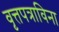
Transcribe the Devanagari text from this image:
वृत्तपत्राविना